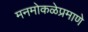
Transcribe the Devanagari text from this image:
मनमोकळेप्रमाणे